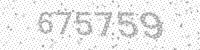
Solution: 675759